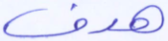
هدف